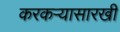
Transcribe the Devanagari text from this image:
करकऱ्यासारखी